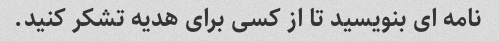
نامه ای بنویسید تا از کسی برای هدیه تشکر کنید.